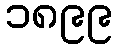
၁၈၉၉